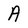
Character: A